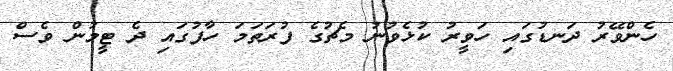
ހެންވޭރު ދަނޑުގައި ހަވީރު ކުޅެވުނު މެޗުގެ ފުރަތަމަ ހާފުގައި ދެ ޓީމުން ވެސް